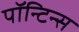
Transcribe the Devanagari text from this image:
पॉन्टिन्स